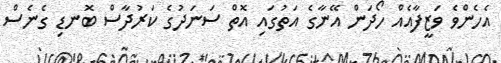
އެހެންވެ ވަޒީފާއެއް ހޯދަން އޭނާގެ އަތުގައި އޮތް ސަނަދުގެ ކަރުދާސް ބޮނޑި ގެނެސް